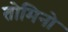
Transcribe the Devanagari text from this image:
तोमिनो